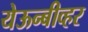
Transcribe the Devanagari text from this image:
येऊन्बीव्हर